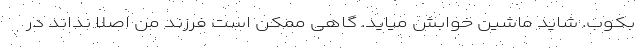
بکوب. شاید ماشین خوابش میاید. گاهی ممکن است فرزند من اصلا نداند در